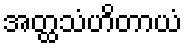
အတ္ထသံဟိတာယံ